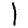
Digit: 1